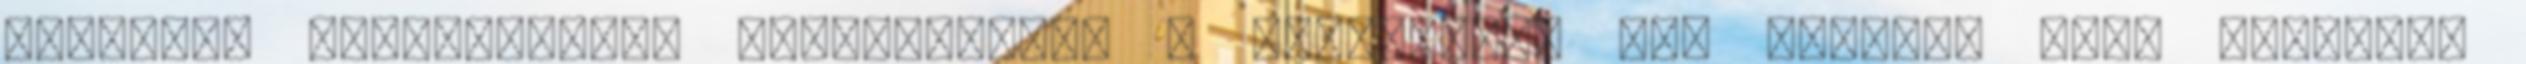
belépni: Regisztráció Elfelejtette a jelszavát? Azt véljük, hogy tetszett